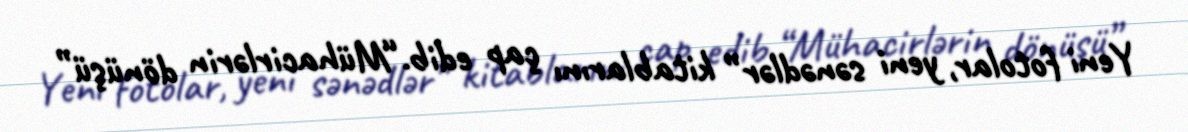
Yeni fotolar, yeni sənədlər” kitablarını çap edib.“Mühacirlərin dönüşü”